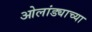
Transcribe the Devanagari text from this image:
ओलांड्याच्या